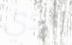
الذي